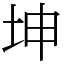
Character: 坤